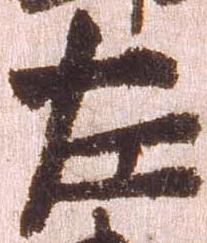
左